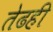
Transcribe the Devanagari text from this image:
तेढही